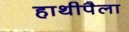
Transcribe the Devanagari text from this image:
हाथीपैला